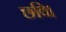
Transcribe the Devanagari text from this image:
छवि।